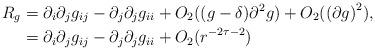
LaTeX: \begin{align*}R_g&=\partial_i\partial_jg_{ij} - \partial_j\partial_jg_{ii} + O_2((g-\delta)\partial^2g) + O_2(\left(\partial g\right)^2),\\&=\partial_i\partial_jg_{ij} - \partial_j\partial_jg_{ii} + O_2(r^{-2\tau-2})\end{align*}